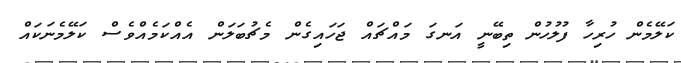
ކަލޭމެން ހުރިހާ ފުލުހުން ތިބޭނީ އަނގަ މައްޗައް ޖަހައިގެން މެޗުބަލަން އެއްކަމެއްވެސް ކަލޭމެނަކައް